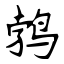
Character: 鹁